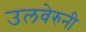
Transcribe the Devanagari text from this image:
उलवेरुनी